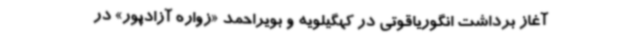
آغاز برداشت انگوریاقوتی در کهگیلویه و بویراحمد «زواره آزادپور» در